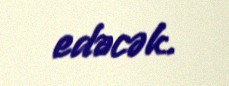
edəcək.